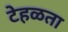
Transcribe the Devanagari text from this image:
टेहळता